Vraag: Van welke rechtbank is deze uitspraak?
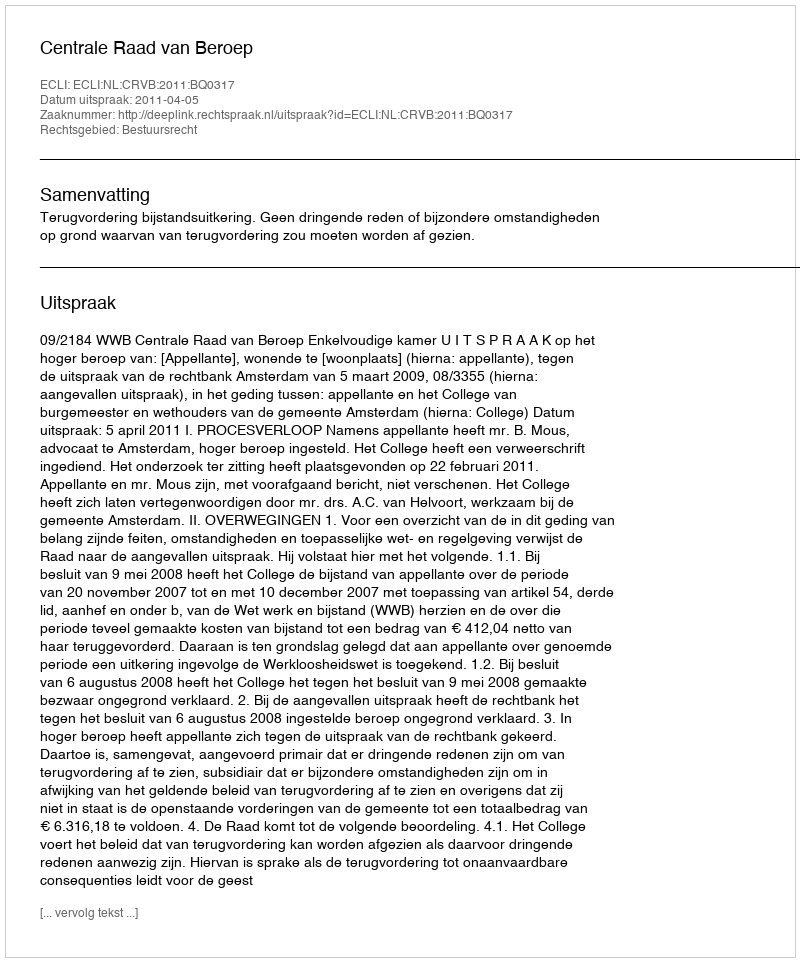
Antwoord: Centrale Raad van Beroep